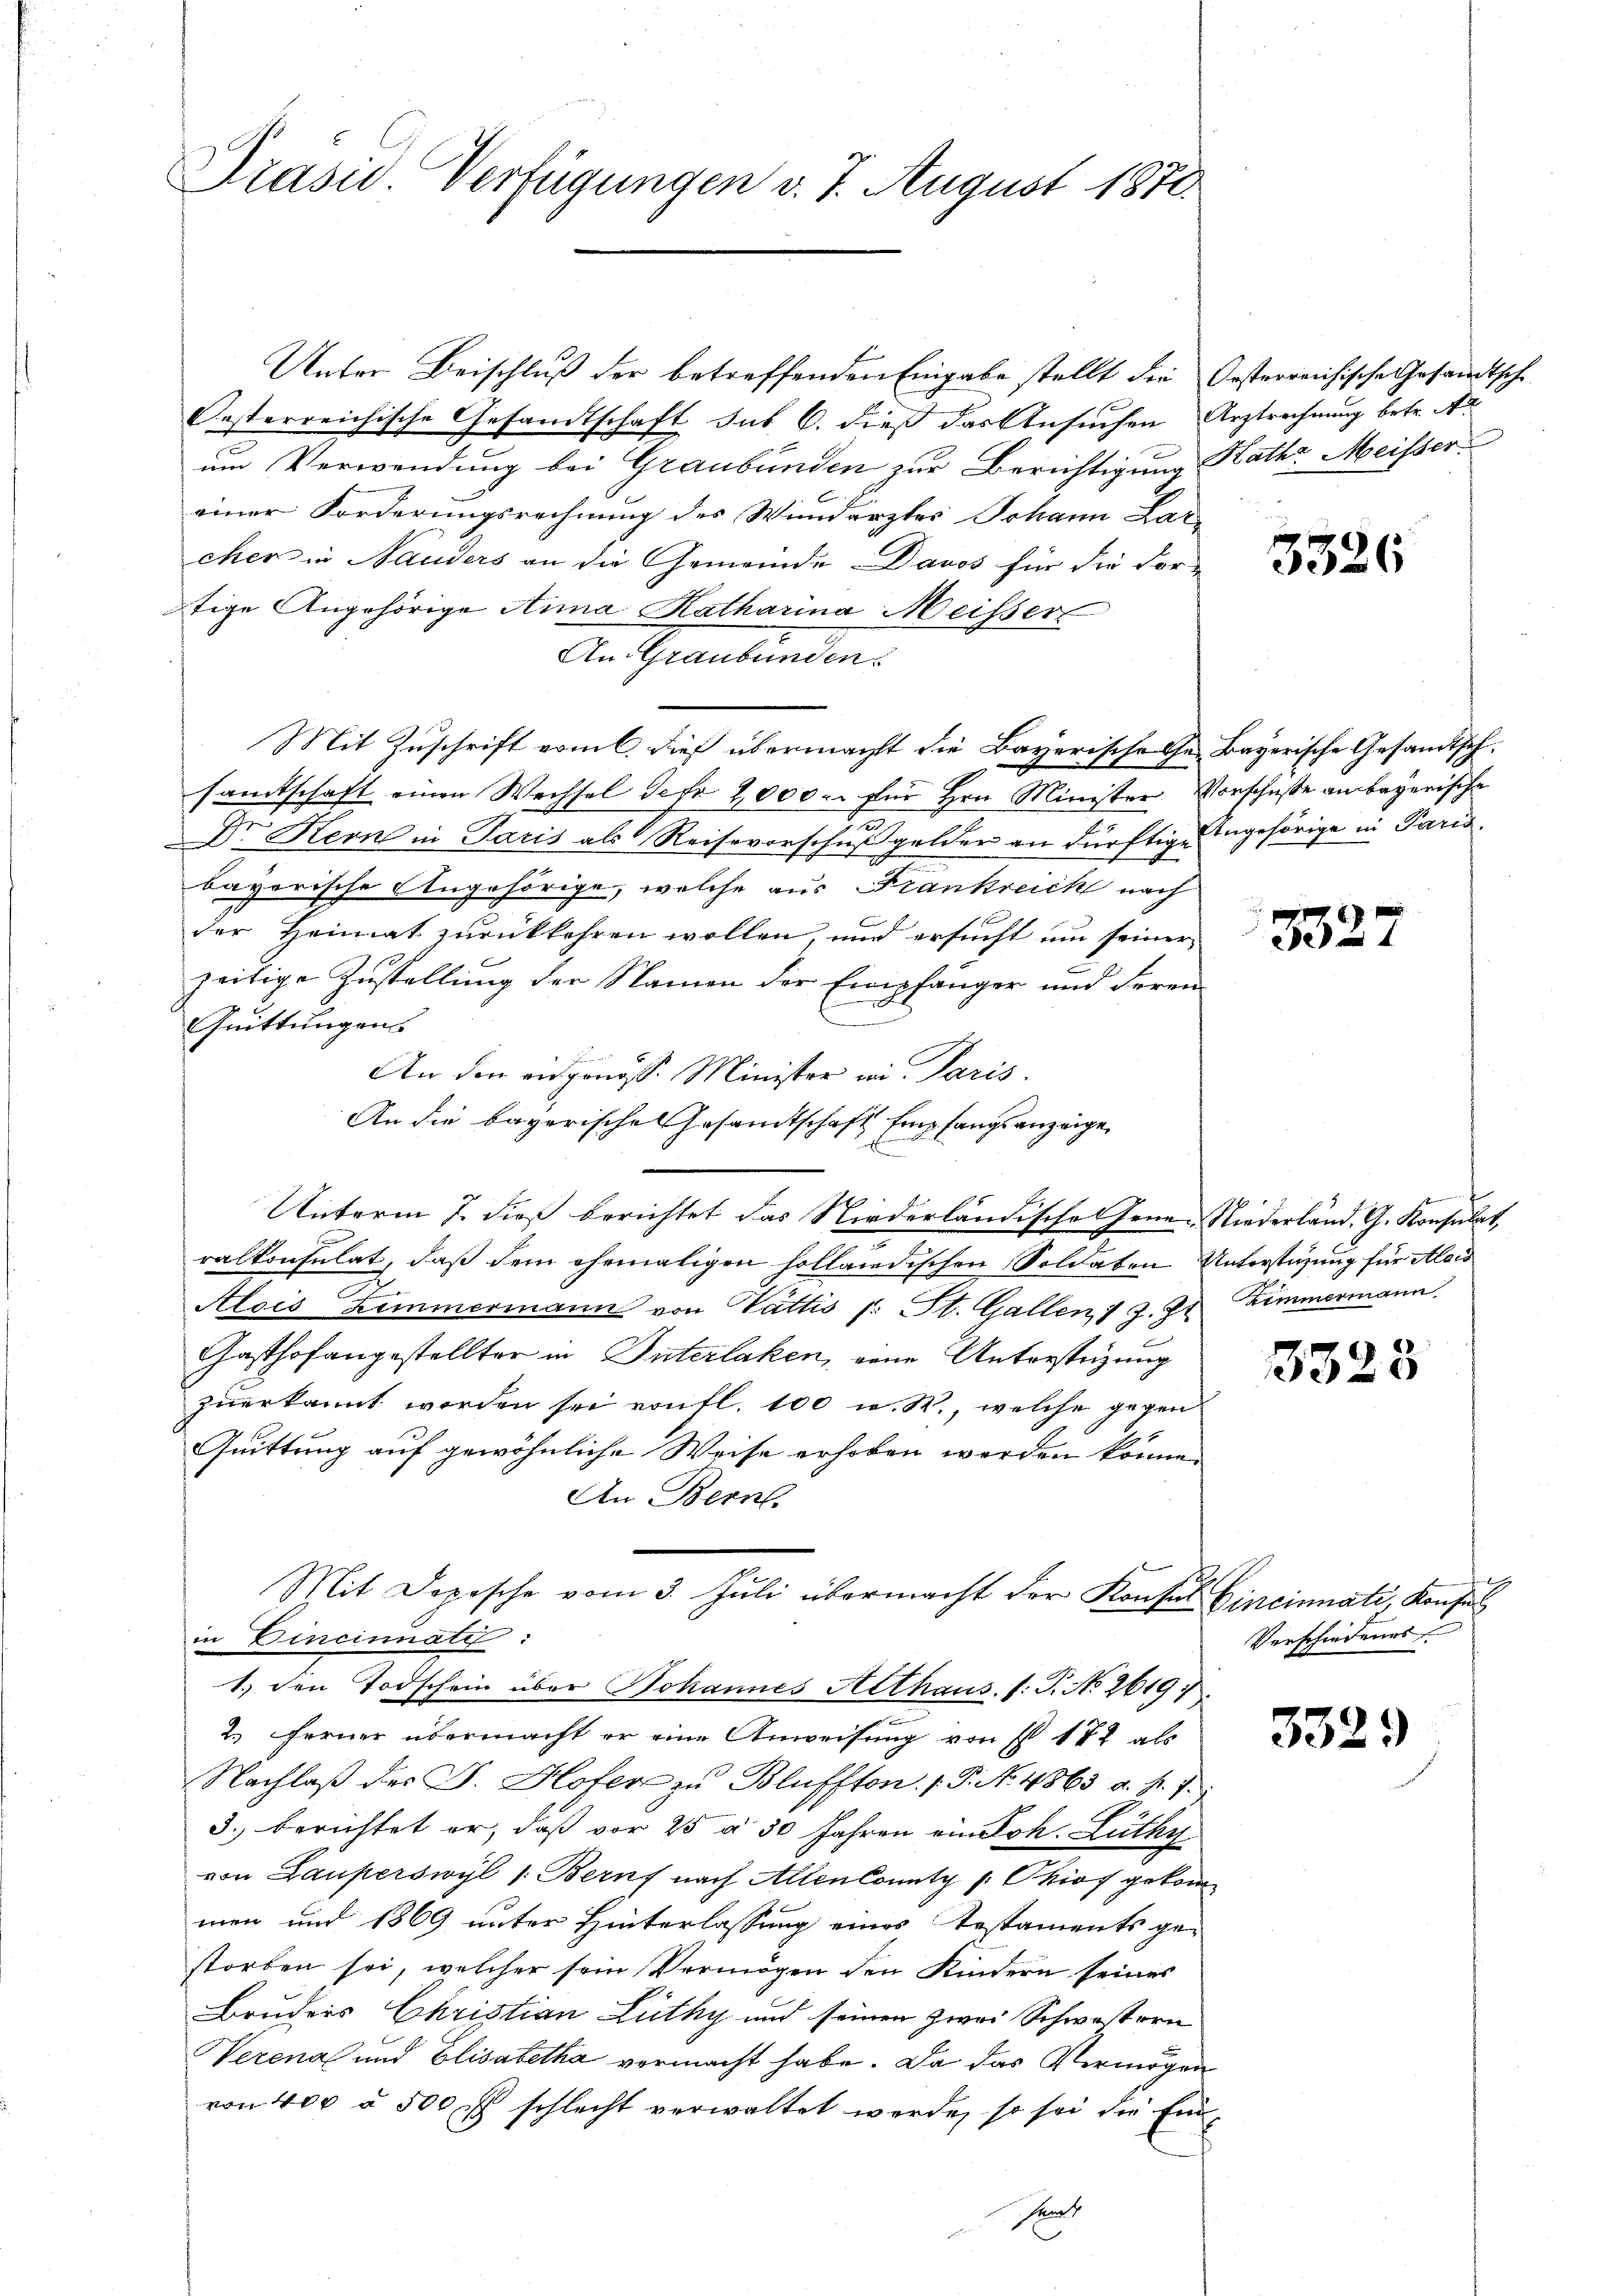
Präsid. Verfügungen v. 7. August 1870.

Unter Beischluß der betreffenden Eingabe stellt die Oesterreichische Gesandtsche
Oesterreichische Gesandtschaft sub 6. dieß das Ansuchen Arztrechnung betr. Ar
um Verwendung bei Graubünden zur Berichtigung Kathe Meisser
einer Forderungsrechnung des Wundärztes Johann Lar-
cher in Nauders an die Gemeinde Davos für die For-
tige Angehörige Anna Katharina Meisser
An Graubünden.
Mit Zuschrift vom 6. dieß übermacht die Bayerischehen Bayerische Gesandtschsamtschaft einen Wechsel Sefr. 2000 u. für Hrn. Minister. Vorschuße an bayerische
Dr Kern in Paris als Reisevorschußgelder an dürftige Angehörige in Paris.
bayerische Angehörige, welche aus Frankreich nach
der Heimat zurückkehren wollen, und ersucht um seiner
zeitige Zustellung der Namen der Empfänger und Heren
E
Quittungen.
An den eidgenöss. Minister wie Paris.
An die bayerische Gesandtschaft Empfangsanzeige
Unterm 7. dieß berichtet das Niederländische Jene Niederländ. G. Konsulat,
ralkonsulat, daß dem ehemaligen holländischen Soldaten Unterstüzung für Alois
Alois Zimmermann von Gattis (: St. Gallen, 1 J. J
Gasthofangestellter in Interlaken, eine Unterstüzung
zuerkannt worden sei von fl. 100 u. R., welche gegen
Quittung auf gewöhnliche Weise erhoben werden könne.
An Bern.
Mit Depesche vom 3. Jŭli übermacht der Konsul Cincinati, Konsul
in Dineinnatt:
1.) Den Todschein über Johannes Aethaus. (: P. No 26197.
2. Ferner übermacht er eine Anweisung von I 172 als
Nachlaβ der F. Hofer zu Blüffton. (T. No. 4863 a. f. 7
3. berichtet er, daß vor 25 à 50 Jahren ein Joh. Lüthy
von Lauperswyl 1. Beruf nach Allen County p Ckiof gekom
men und 1869 unter Hinterlassung eines Testaments ge-
storben sei, welcher sein Vermögen den Kindern seines
Bruders Christian Lüthy und seinen zwei Schwestern
Verena und Elisabetha vermacht habe. Da das Vermögen
von 400 à 500 rl schlecht verwaltet werde, so sei die Einsant

3326

33.

Zimmermann.

3323

Verschiedenes

3329